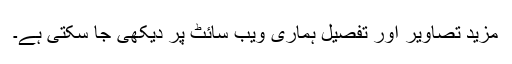
مزید تصاویر اور تفصیل ہماری ویب سائٹ پر دیکھی جا سکتی ہے۔